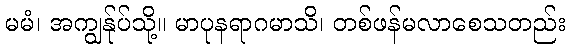
မမံ၊ အကျွန်ုပ်သို့။ မာပုနရာဂမာသိ၊ တစ်ဖန်မလာစေသတည်း